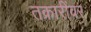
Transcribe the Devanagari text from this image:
तक्रारींवर